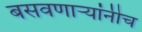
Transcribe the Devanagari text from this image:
बसवणाऱ्यांनीच